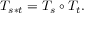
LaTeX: T _ { s * t } = T _ { s } \circ T _ { t } .